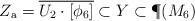
LaTeX: \begin{align*}Z_{\mathrm{a}} = \overline{ U_2 \cdot [\phi_6]}\subset Y\subset\P(M_6)\end{align*}